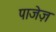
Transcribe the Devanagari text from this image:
पाजेज़